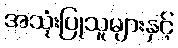
အသုံးပြုသူများနှင့်